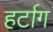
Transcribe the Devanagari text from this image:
हर्टाग